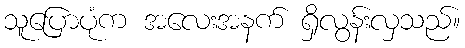
သူပြောပုံက အလေးအနက် ရှိလွန်းလှသည်။